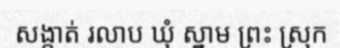
សង្កាត់ រលាប ឃុំ ស្នាម ព្រះ ស្រុក